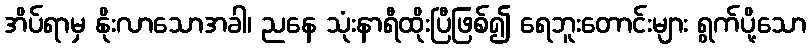
အိပ်ရာမှ နိုးလာသောအခါ၊ ညနေ သုံးနာရီထိုးပြီဖြစ်၍ ရေဘူးတောင်းများ ရွက်ပို့သော